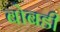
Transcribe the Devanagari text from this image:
बोबडी